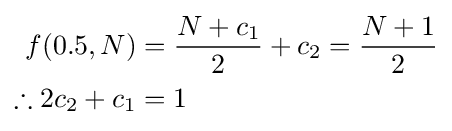
{\begin{aligned}f(0.5,N)&={\frac {N+c_{1}}{2}}+c_{2}={\frac {N+1}{2}}\\\therefore 2c_{2}+c_{1}&=1\end{aligned}}